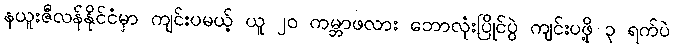
နယူးဇီလန်နိုင်ငံမှာ ကျင်းပမယ့် ယူ ၂၀ ကမ္ဘာဖလား ဘောလုံးပြိုင်ပွဲ ကျင်းပဖို့ ၃ ရက်ပဲ